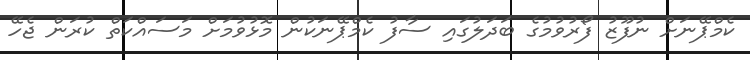
ކެމްޕޭނަށް ނުފޫޒު ފޯރުވުމުގެ ބަދަލުގައި ސާފު ކެމްޕޭނަކުން މޮޅުވުމަށް މަސައްކަތް ކުރަން ޖެހޭ